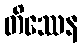
တိဿေန